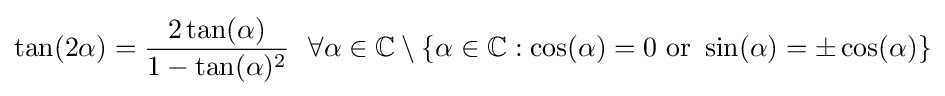
\tan(2\alpha )={\frac {2\tan(\alpha )}{1-\tan(\alpha )^{2}}}~~\forall \alpha \in \mathbb {C} \setminus \{\alpha \in \mathbb {C} :\cos(\alpha )=0{\text{ or }}\sin(\alpha )=\pm \cos(\alpha )\}